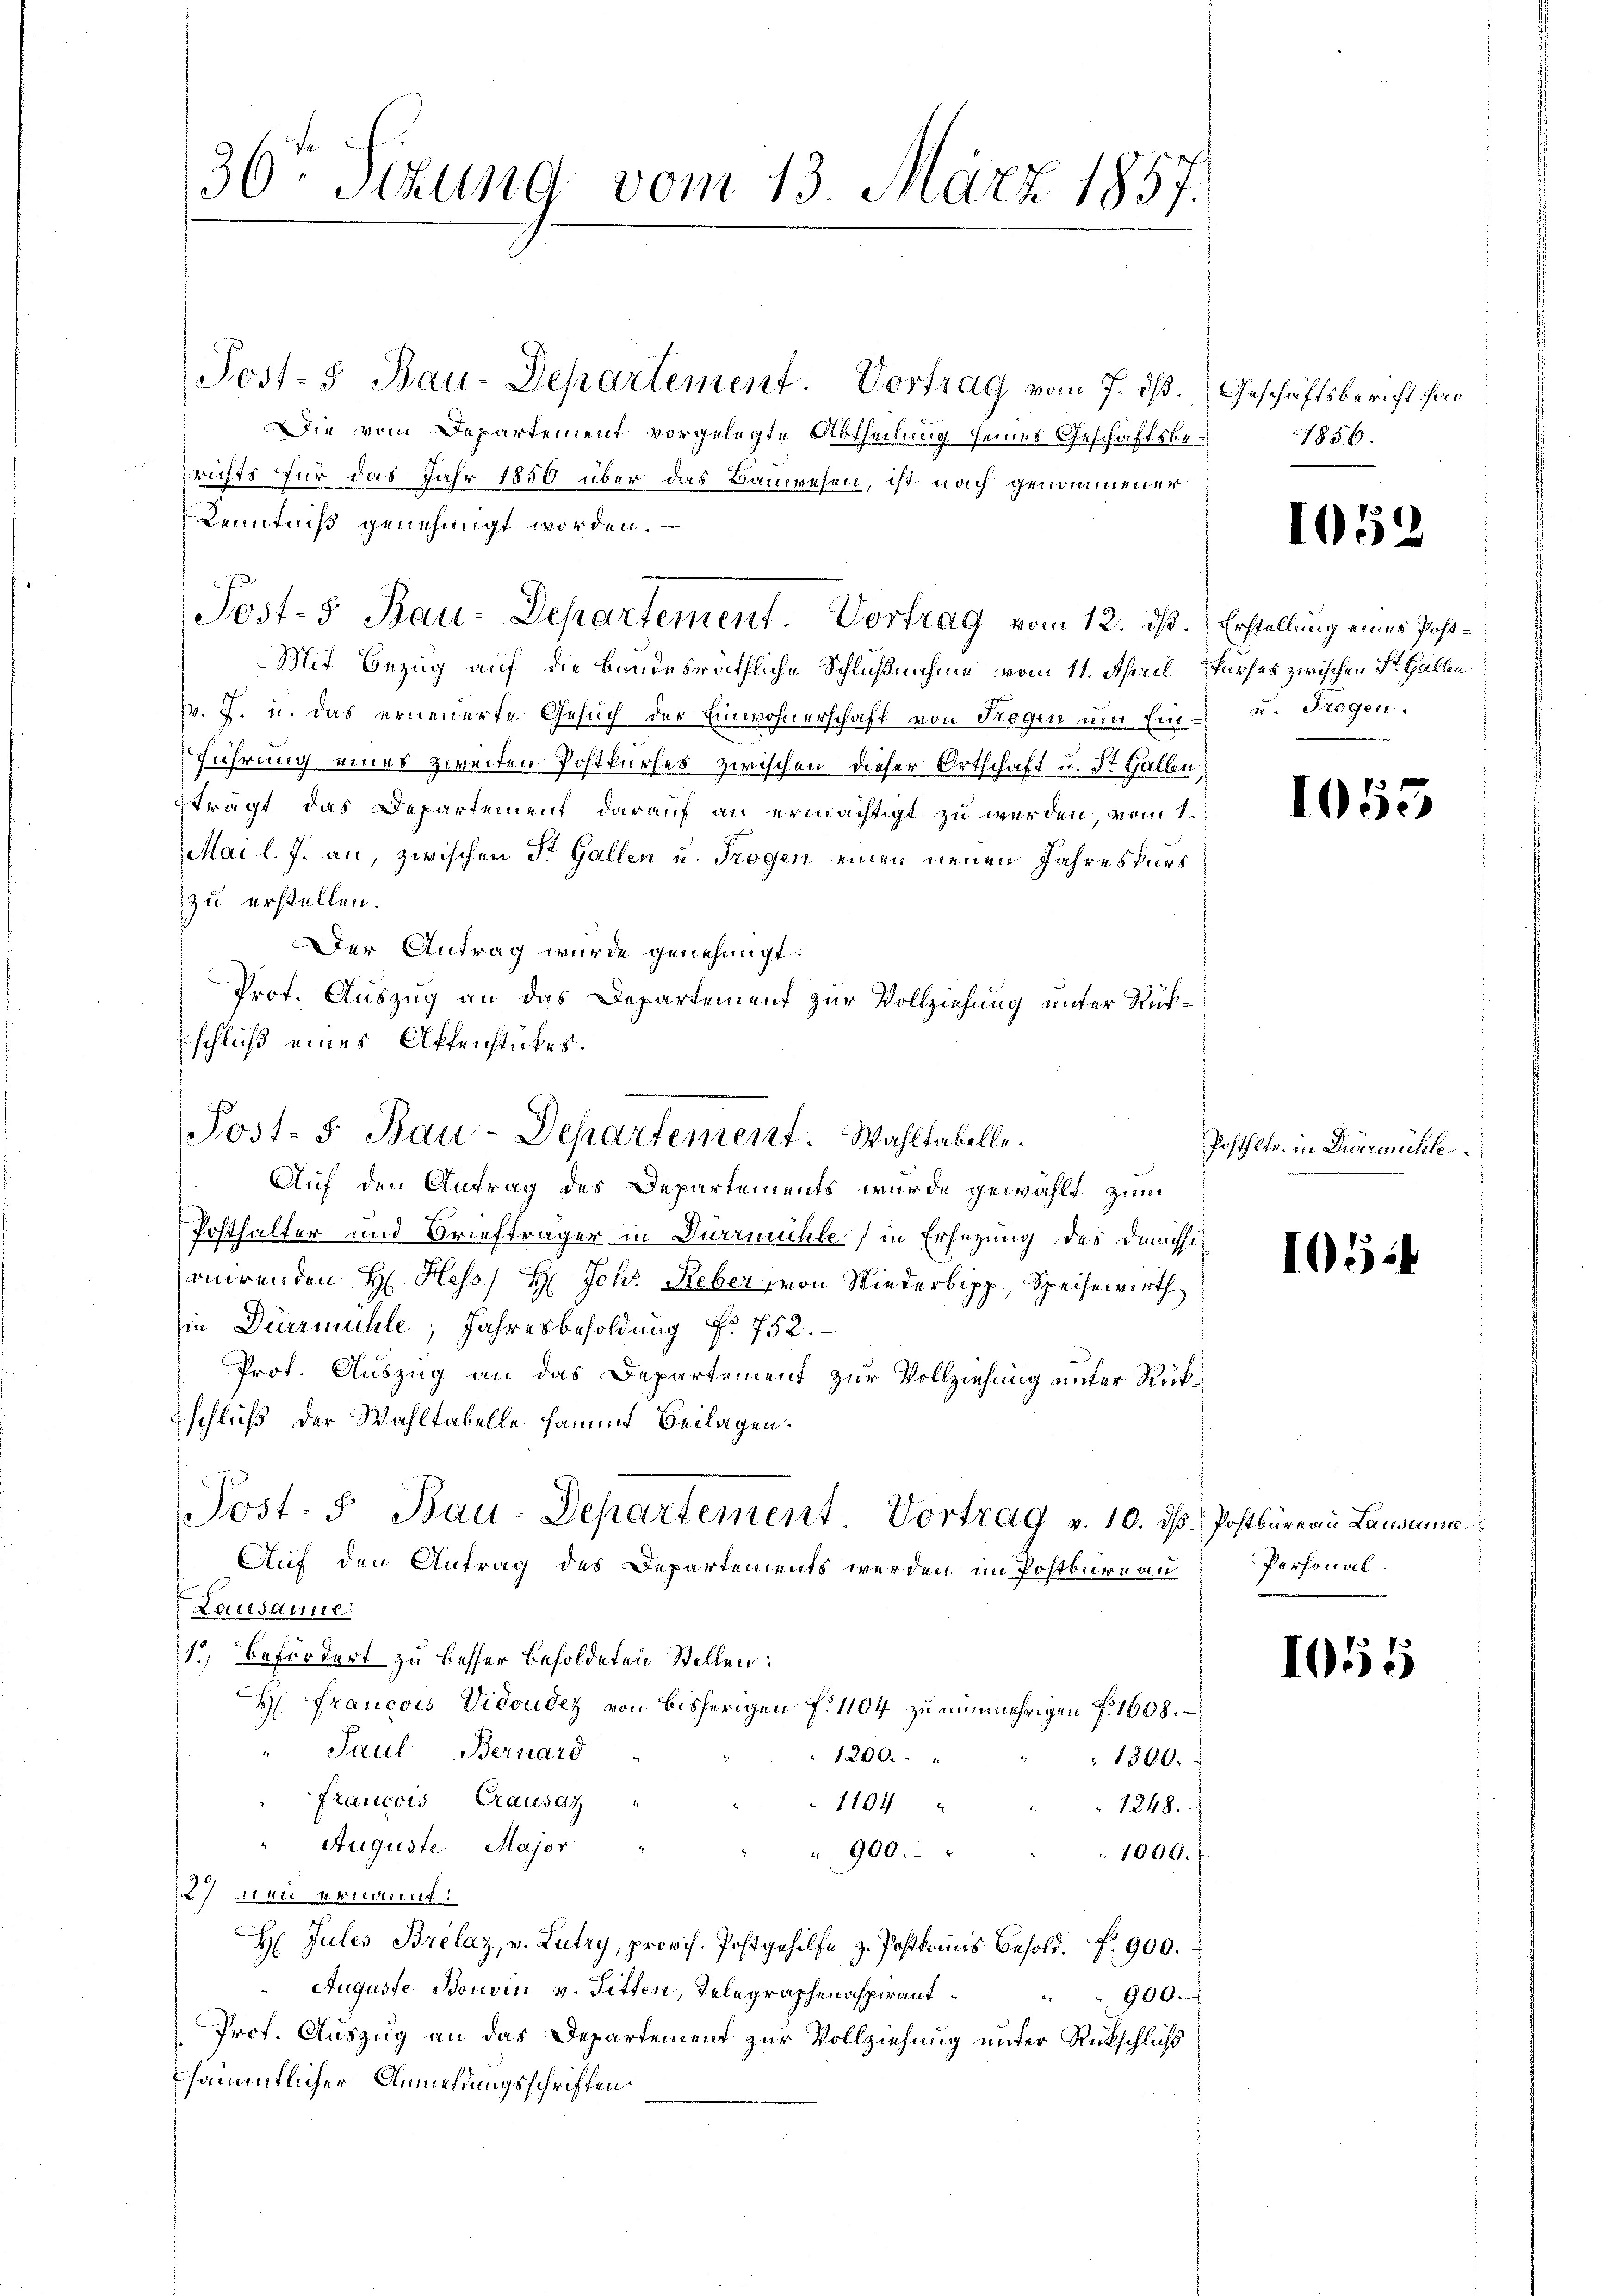
36ten Sizung vom 13. März 1857.

Post- 5. Bau-Departement. Vortrag vom 7. dß.
Die vom Departement vorgelegte Abtheilung seines Geschäftsberichts für das Jahr 1850 über das Bauwesen, ist nach genommener
Kenntniß genehmigt worden.
Mit Bezug auf die Bandesräthliche Schlußnahme vom 11. April, Surses zwischen Sr. Halbe
v. J. u. das erneuerte Gesuch der Einwohnerschaft von Trogen um Ein- u. Trogen.
führung eines zweiten Postkurses zwischen dieser Ortschaft u. St. Gallen
trägt das Departement darauf an ermächtigt zu werden, vom 1.
Mai l. J. an, zwischen Dr. Gallen u. Trogen einen neuen Jahreskurs
zu erstellen.
Der Antrag wurde genehmigt.
Prof. Auszug an das Departement zur Vollziehung unter Rück¬
Eschluß eines Affenstückes.
Auf den Antrag des Departements wurde gewählt zum
Posthalter und Briefträger in Dürrmühle in Ersezung des Dimissionirenden H. Hess H: Joh. Reber, von Wiederbipp, Speisewirth
in Dürzmühle; Jahresbesoldung f. 752.
Prof. Auszug an das Departement zur Vollziehung unter Rückschluß der Wahltabelle sammt Beilagen.
Post- 5. Bau-Departement Vortrag v. 10. dβ. Postbüreau Lausanne
Auf den Antrag des Departements werden im Postburnau
Lausanne
1.) Befördert zu besser Besoldeten Stellen:
H. Francois Vidoudez von bisherigen f. 1104 zu nunmehrigen f. 1608.
" Paul Bernard
1200.
1360.
Francois Grausaz
1194
1248.
Auguste Major
900.
1000.
27 neu ernannt:
H Jules Brelaz, v. Lutry, provis. Postgehilfe z. Postkomis Besold.  900.
Auguste Bouvin v. Pitten, Telegraphenaspirant¬
900.
i
Prof. Auszug an das Departement zur Vollziehung unter Rückschluß
sämmtlicher Anmeldungsschriften

Post-5 Bau-Departement. Vortrag vom 12. ds. Erstellung eines Post¬

Post- u Bau-Departement. Wahltabelle.

Posthltr. in Diermühle

Personal

Geschäftsbericht hier
1856.

1052

1055

1054

1055